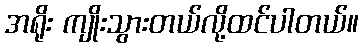
အရိုး ကျိုးသွားတယ်လို့ထင်ပါတယ်။